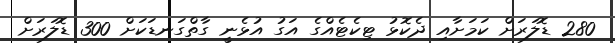
280 ޑޮލަރަށް ކަމަށާއި ދެކޮޅު ޓިކެޓެއްގެ އަގު އުޅެނީ ގާތްގަނޑަކަށް 300 ޑޮލަރަށް